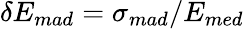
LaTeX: \delta{}E_{mad}=\sigma{}_{mad}/E_{med}